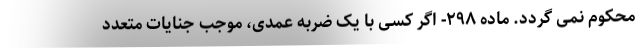
محکوم نمی گردد. ماده ۲۹۸- اگر کسی با یک ضربه عمدی، موجب جنایات متعدد